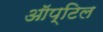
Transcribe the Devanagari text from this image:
ऑप्टिल